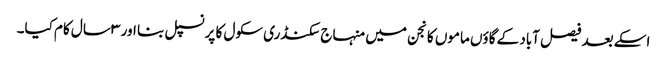
اسکے بعد فیصل آباد کے گاؤں ماموں کانجن میں منہاج سکنڈری سکول کا پرنسپل بنا اور ۳ سال کام کیا۔